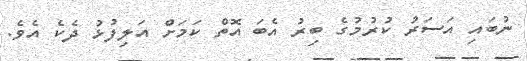
ނުބައި އަސަރު ކުރުމުގެ ބިރު އެބަ އޮތް ކަމަށް އަލިފުޅު ދެކެ އެވެ.